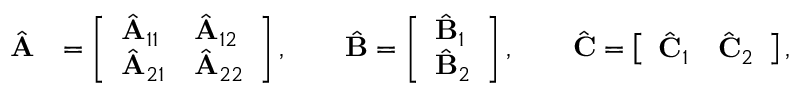
\begin{array} { r l } { \hat { { \textbf A } } } & { = \left[ \begin{array} { l l } { \hat { { \textbf A } } _ { 1 1 } } & { \hat { { \textbf A } } _ { 1 2 } } \\ { \hat { { \textbf A } } _ { 2 1 } } & { \hat { { \textbf A } } _ { 2 2 } } \end{array} \right] , \qquad \hat { { \textbf B } } = \left[ \begin{array} { l } { \hat { { \textbf B } } _ { 1 } } \\ { \hat { { \textbf B } } _ { 2 } } \end{array} \right] , \qquad \hat { { \textbf C } } = \left[ \begin{array} { l l } { \hat { { \textbf C } } _ { 1 } } & { \hat { { \textbf C } } _ { 2 } } \end{array} \right] , } \end{array}